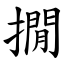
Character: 撊